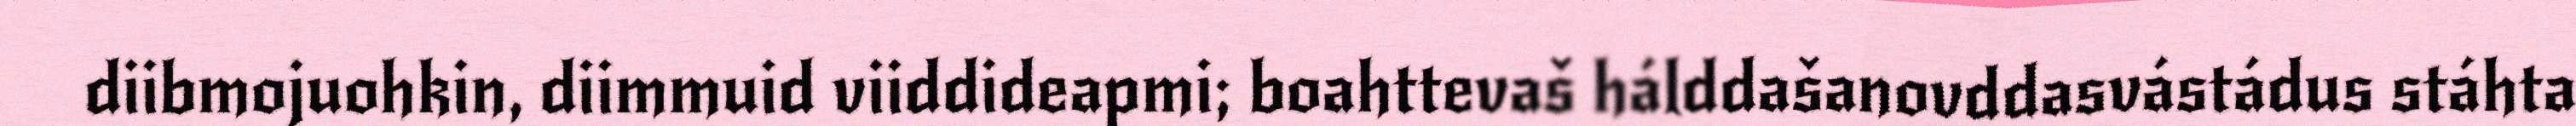
diibmojuohkin, diimmuid viiddideapmi; boahttevaš hálddašanovddasvástádus stáhta